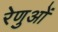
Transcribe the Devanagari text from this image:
रेणुओं